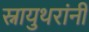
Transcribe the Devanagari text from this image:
स्नायुथरांनी